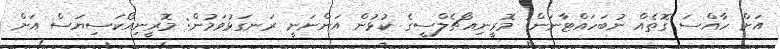
އަށް ހާއްސަ ގޮތެއް ނުބަހައްޓާނަން: މޮރީނިއޯޗެލްސީގެ ކުޅުން އަންނަނީ ރަނގަޅުވަމުން: މޮރީނިއޯކަސިޔަސް އަށް